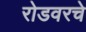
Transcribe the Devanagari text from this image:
रोडवरचे